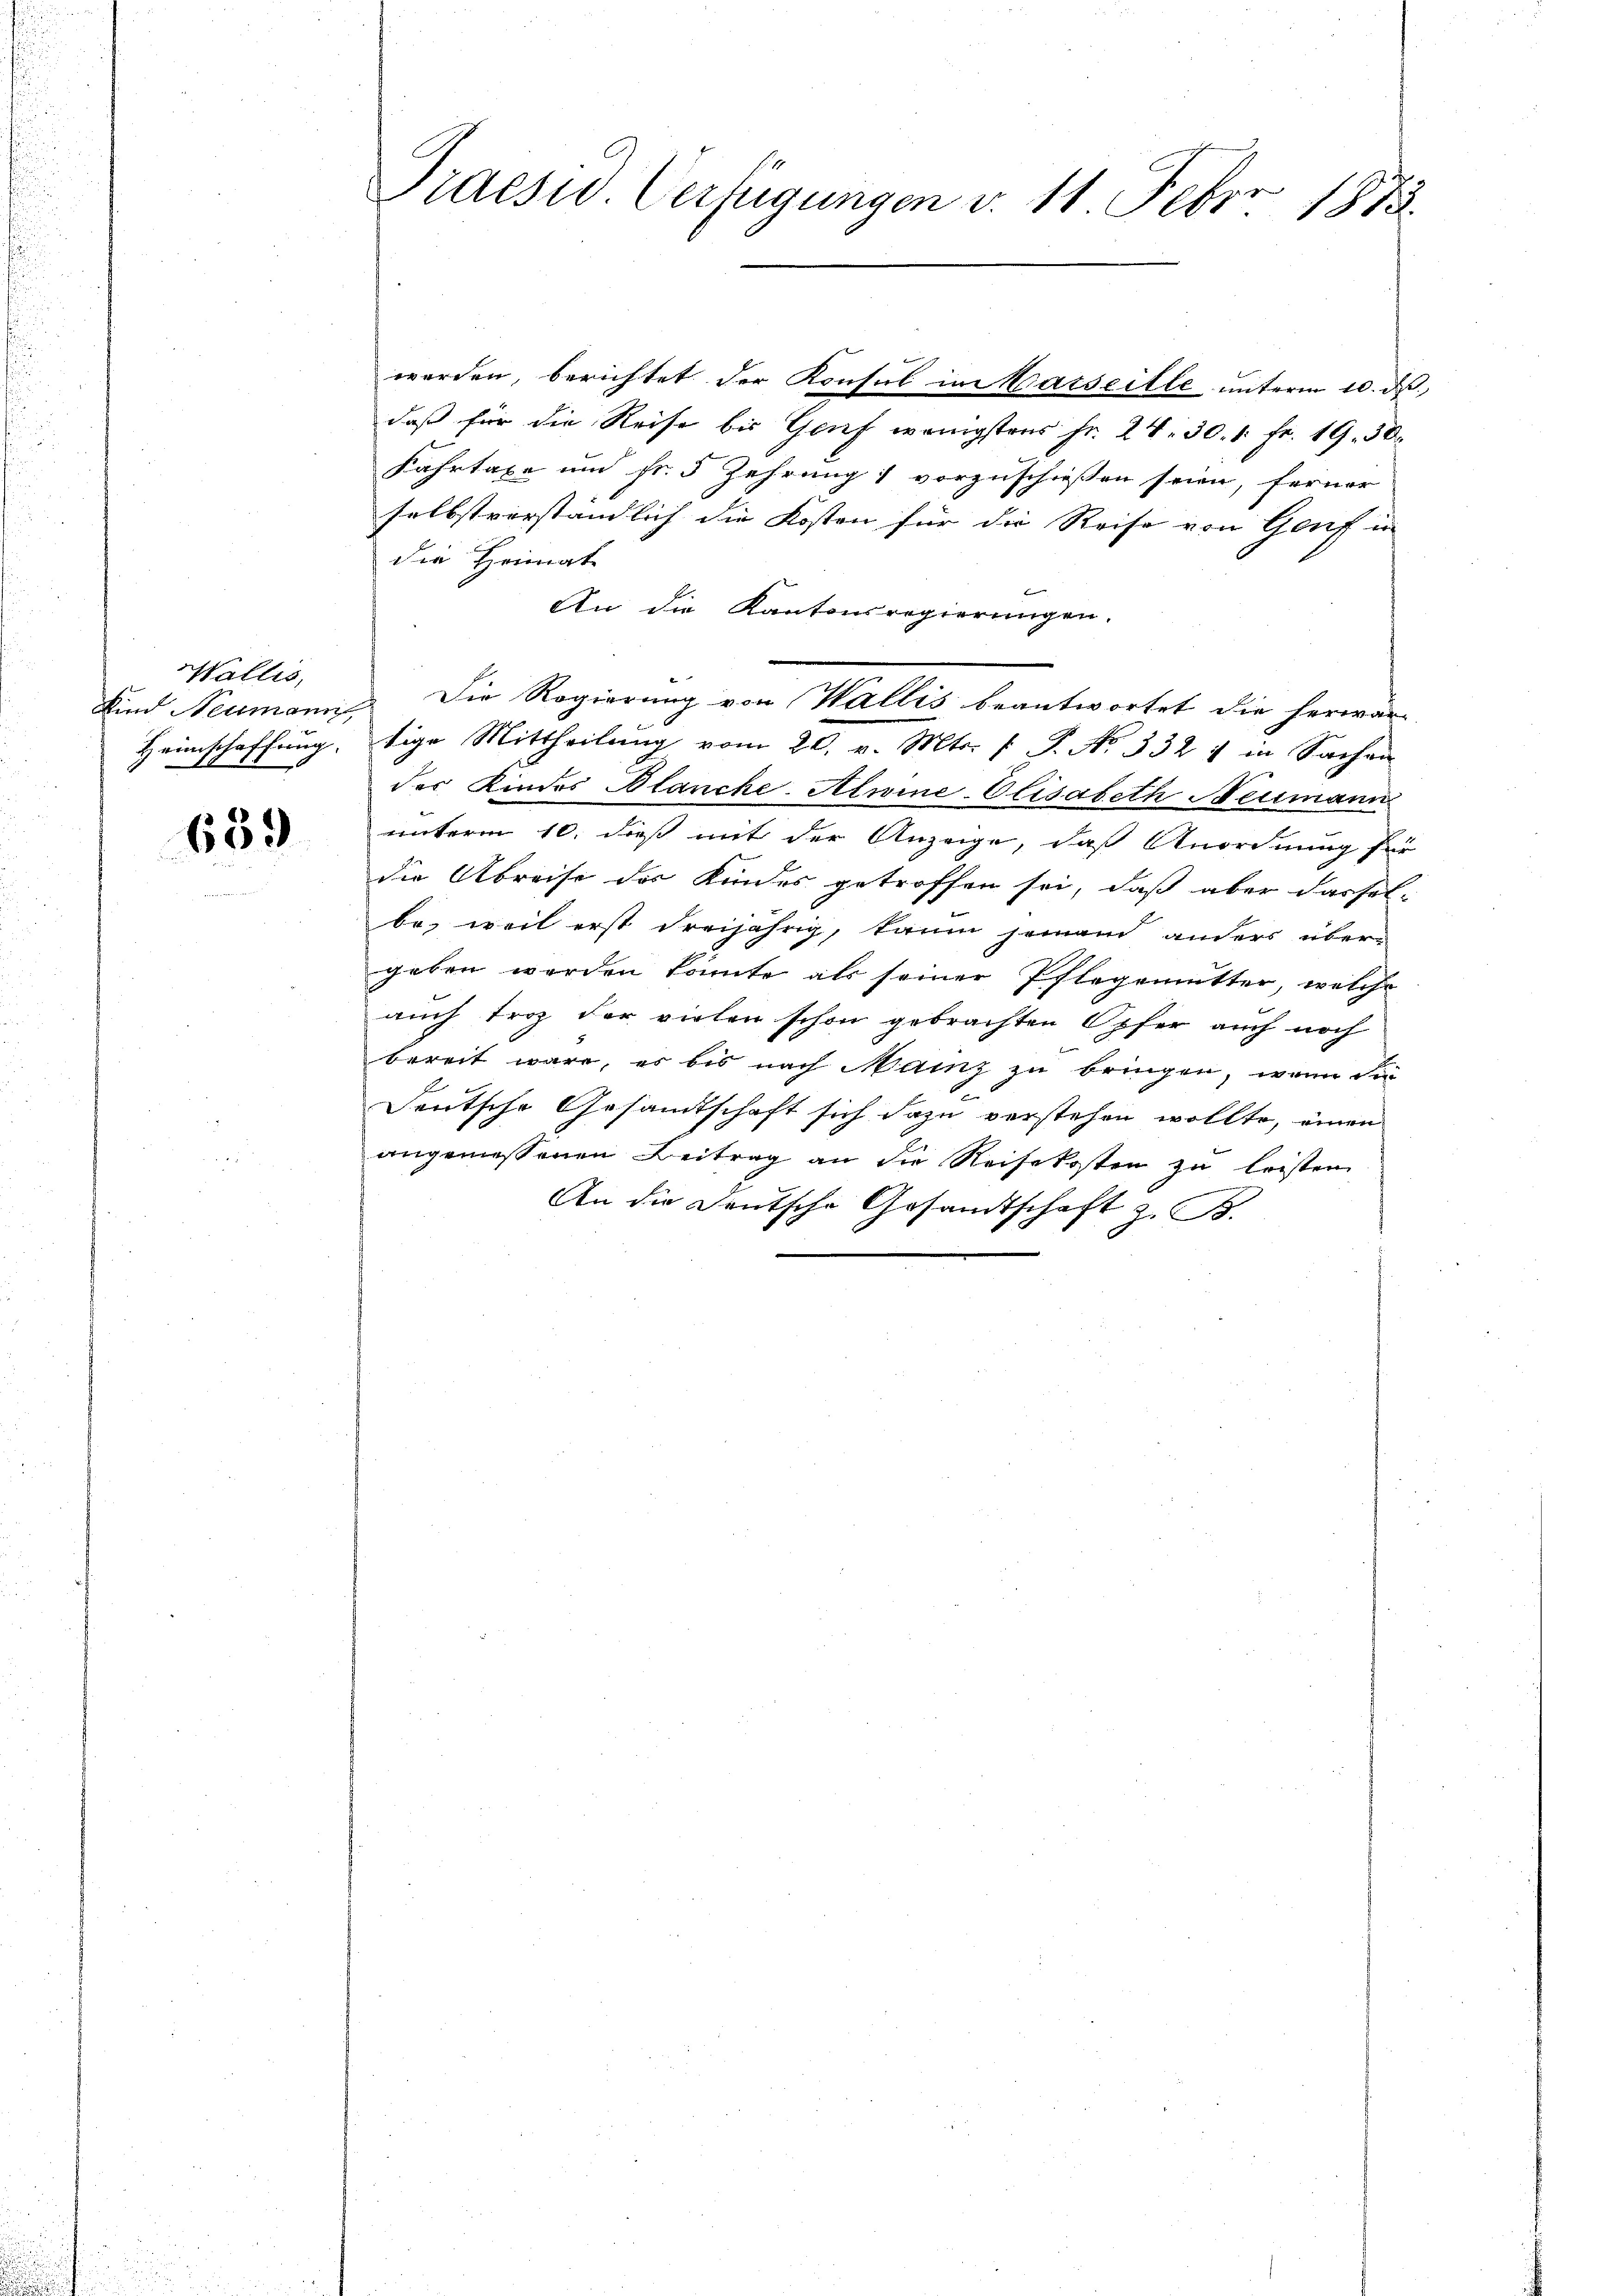
Wallis,
Heimschaffung.

659

Praesid. Verfügungen d. 11. Febr. 1873.

werden, berichtet der Konsul in Marseille unterm 10. ds.
daß für die Reise bis Genf wenigstens Fr. 24. 30. 1. Fr. 19. 50
Fahrtaxe und fr. 5 Zehrung 1 vorzuschiessen seien, ferner
selbstverständlich die Kosten für die Reise von Genf in
die Heimate
An die Kantonsregierungen.
tige Mittheilung vom 20. v. Mts. f. P. No 332, in Sachen
des Kindes Blanche-Alwine-Elisabeth Neumann
unterm 10. dieß mit der Anzeige, daß Anordnung für
die Abreise des Kindes getroffen sei, daß aber dasselbe, weil erst dreijährig, kaum jemand anders über-
geben werden könnte als seiner Pflegemutter, welche
auch troz der vielen schon gebrachten Opfer auch noch
bereit wäre, es bis nach Mainz zu bringen, wenn die
Deutsche Gesandtschaft sich dazu verstehen wollte, einen
angemessenen Beitrag an die Reisekosten zu leisten
An die Deutsche Gesandtschaft z. B.

Kind Neumann. Die Regierung von Wallis beantwortet die herwär